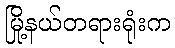
မြို့နယ်တရားရုံးက